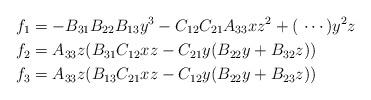
LaTeX: \begin{align*} f_1 &= -B_{31} B_{22} B_{13} y^3 - C_{12} C_{21} A_{33} x z^2 + (\,\,\cdots) y^2 z\\ f_2 &= A_{33} z (B_{31} C_{12} x z - C_{21} y ( B_{22}y + B_{32} z)) \\ f_3 &= A_{33} z (B_{13} C_{21} x z - C_{12} y ( B_{22}y + B_{23} z))\end{align*}